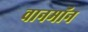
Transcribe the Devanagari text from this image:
वानमॉन